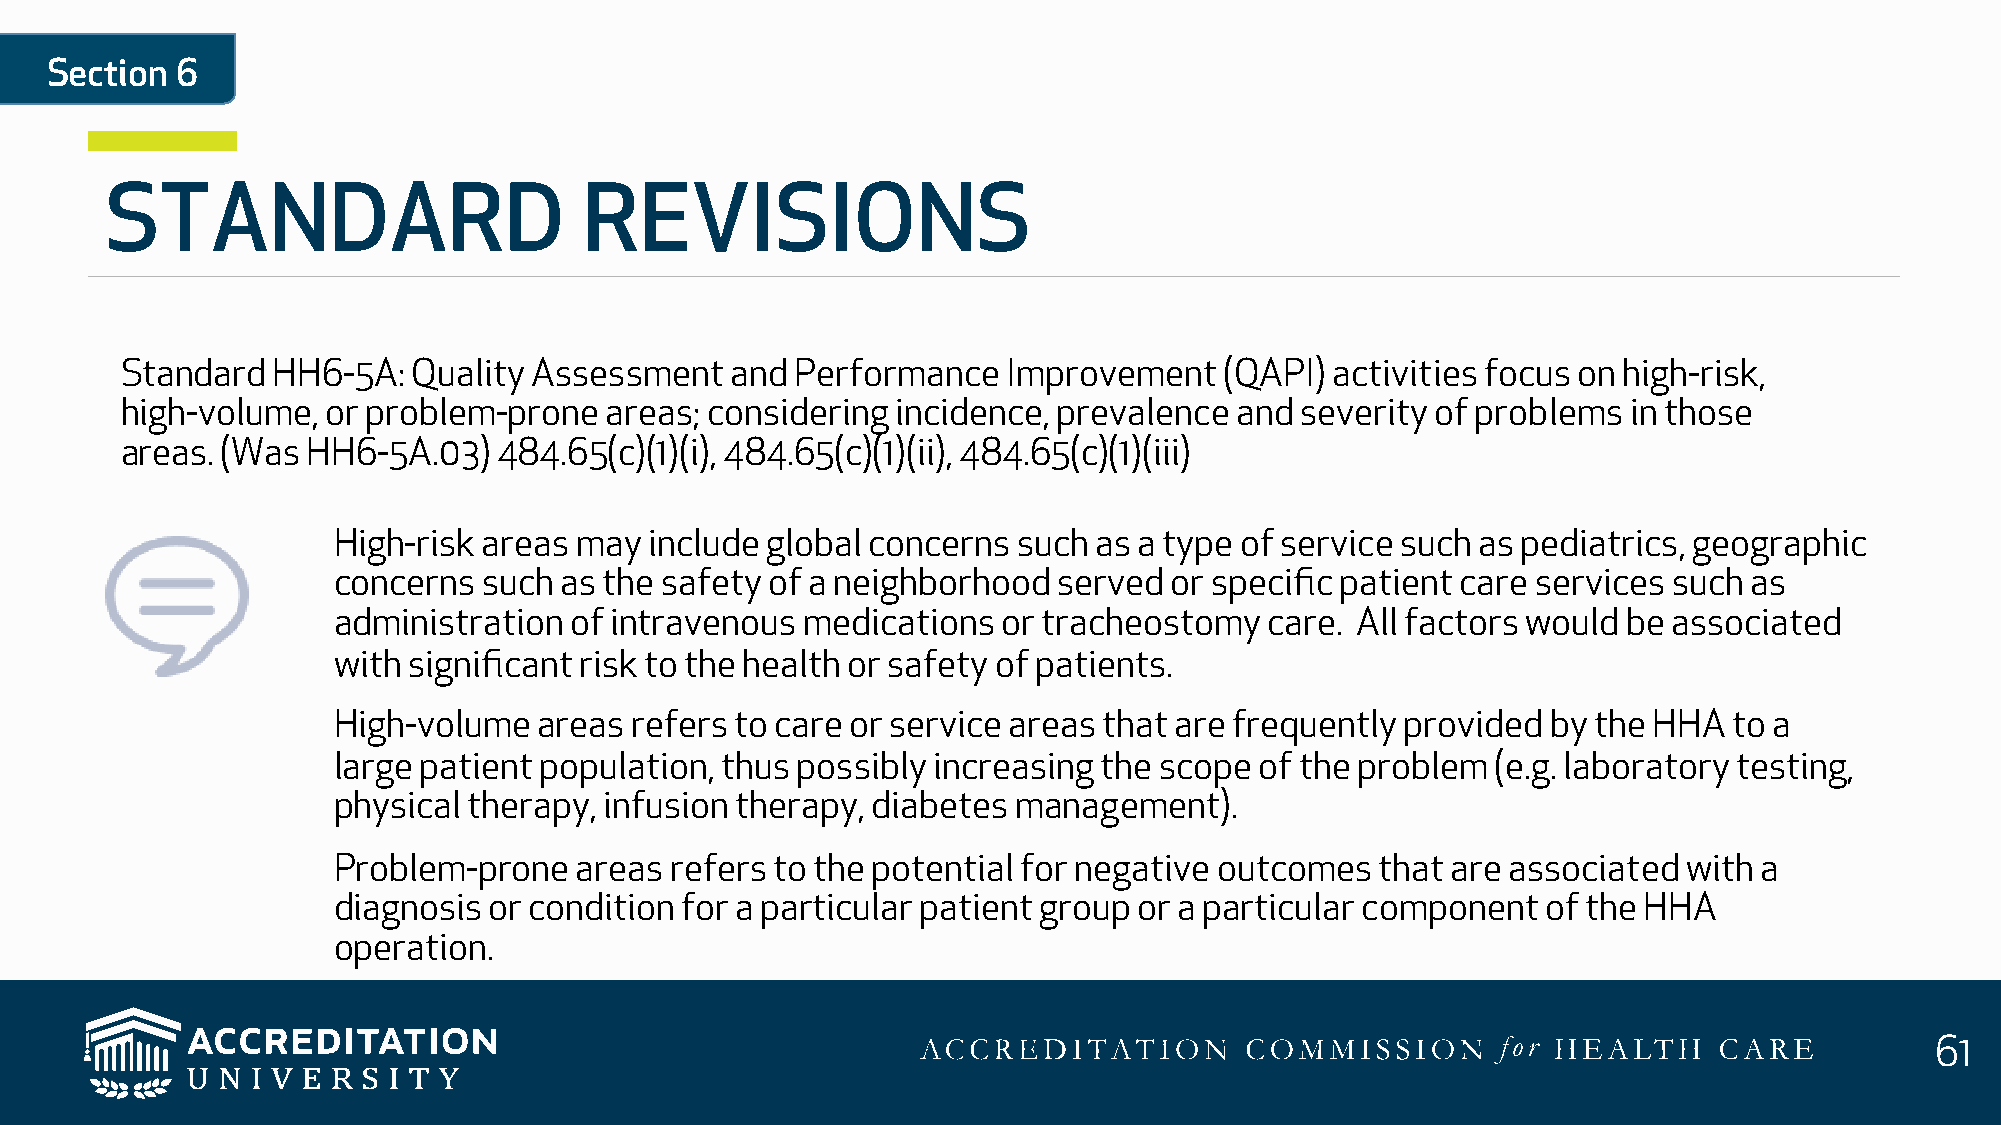
Section  6
 STANDARD                        REVISIONS
 Standard  HH6-5A:  Quality Assessment   and  Performance   Improvement   (QAPI) activities focus on high-risk,
 high-volume,  or problem-prone  areas; considering incidence, prevalence  and severity of problems  in those
 areas. (Was HH6-5A.03)   484.65(c)(1)(i), 484.65(c)(1)(ii), 484.65(c)(1)(iii)
 High-risk areas may  include global concerns such as a type of service such as pediatrics, geographic
 concerns  such as the safety of a neighborhood  served or specific patient care services such as
 administration  of intravenous medications  or tracheostomy   care. All factors would be associated
 with significant risk to the health or safety of patients.
 High-volume   areas refers to care or service areas that are frequently provided by the HHA  to a
 large patient population, thus possibly increasing the scope of the problem  (e.g. laboratory testing,
 physical therapy, infusion therapy, diabetes management).
 Problem-prone   areas refers to the potential for negative outcomes  that are associated  with a
 diagnosis or condition for a particular patient group or a particular component of the HHA
 operation.
 61